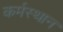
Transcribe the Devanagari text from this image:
कर्मस्थान